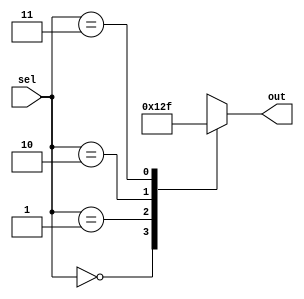
module parallel_case_statement(
    input wire [1:0] sel,
    output reg [3:0] out
);

always @(*)
begin
    case(sel)
        2'b00: out = 4'b0000;
        2'b01: out = 4'b0001;
        2'b10: out = 4'b0010;
        2'b11: out = 4'b1111;
        default: out = 4'bxxxx; //default case for invalid input
    endcase
end

endmodule